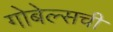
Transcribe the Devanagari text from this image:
गोबेल्सची